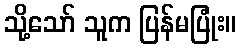
သို့သော် သူက ပြန်မပြုံး။